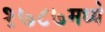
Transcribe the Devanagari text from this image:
१७८७मध्ये